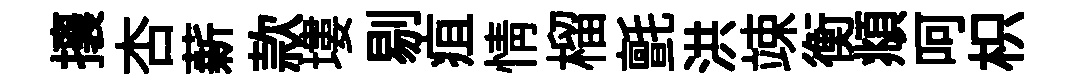
攘杏薪款塿剔疽情榴氈洪竦衡頫呵枳